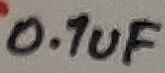
Text: 0.1uF